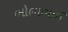
ભોલાભાઈ